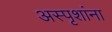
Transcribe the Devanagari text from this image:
अस्पृशांना